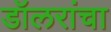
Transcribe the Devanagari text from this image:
डॉलरांचा